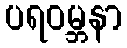
ပရဝမ္ဘနာ